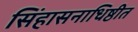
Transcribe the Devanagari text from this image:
सिंहासनाधिष्ठीत